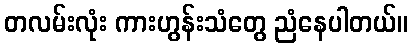
တလမ်းလုံး ကားဟွန်းသံတွေ ညံနေပါတယ်။